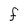
Character: f